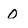
Character: 0